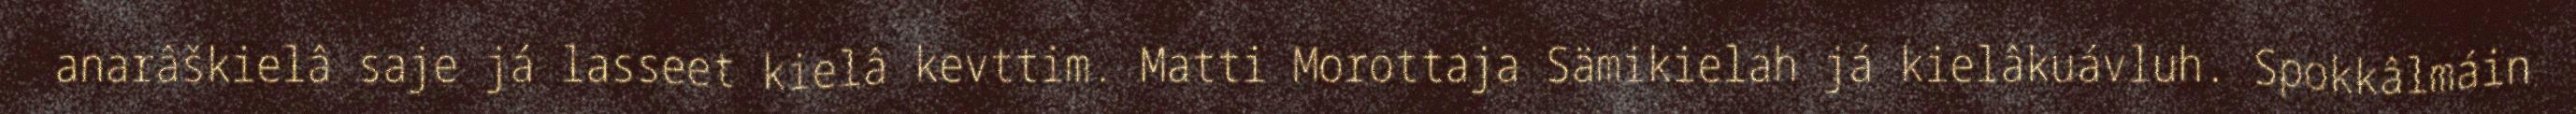
anarâškielâ saje já lasseet kielâ kevttim. Matti Morottaja Sämikielah já kielâkuávluh. Spokkâlmáin